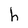
Character: h